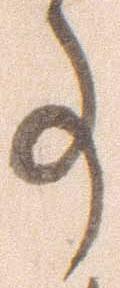
事